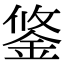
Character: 鋚